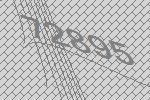
72895